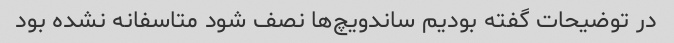
در توضیحات گفته بودیم ساندویچ‌ها نصف شود متاسفانه نشده بود